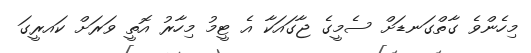
މިހެންވެ ގާތްގަނޑަށް ސެމީގެ ޖާގައަކާ އެ ޓީމު މިހާރު އޮތީ ވަރަށް ކައރީގަ